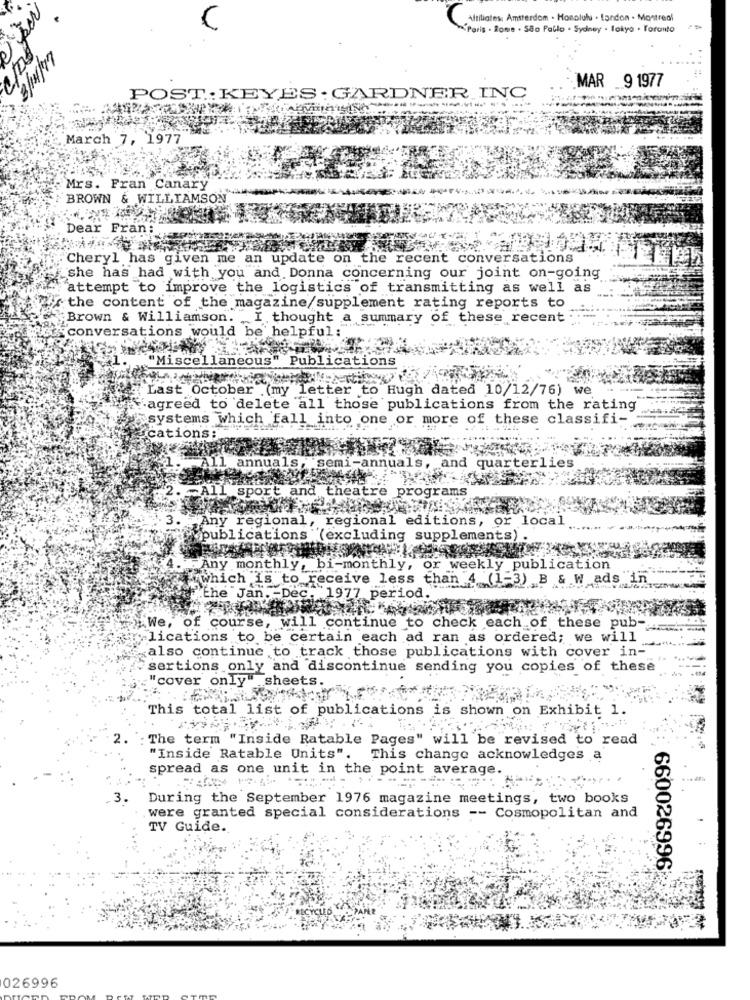
initiates: Amsterdam - Honolulu - London - Montreal
"Paris . Rome . São Paulo . Sydney . Tokyo . Toronto
MAR _9 1977
POST: KEYES. GARDNER INC
March 7, 1977
Mrs. Fran Canary
BROWN & WILLIAMSON
Dear Fran:
Cheryl has given me an update on the recent conversations
she has had with you and Donna concerning our joint on-going
"attempt to improve the logistics of transmitting as well as
the content of the magazine/supplement rating reports to
Brown & Williamson. I thought a summary of these recent
conversations would be helpful:
"Miscellaneous" Publications
Last October .(my letter to Hugh dated 10/12/76) we
agreed to delete all those publications from the rating
systems which fall into one or more of these classifi-
cations;
11 annuals, semi-annuals, and quar
grams
All sport and theatre pro
Any regional, regional editions, or local
publications (excluding supplements) .
"Any monthly, bi-monthly, or weekly publication
"which is to receive less than 4 (1-3) B & W ads
the Jan. Dec. 1977 period."
We, of course, will continue to check each of these pub-
per lications to be certain each ad ran as ordered; we will
also continue to track those publications with cover in-
sertions only and discontinue sending you copies of these
"cover only sheets.
This total list of publications is shown on Exhibit 1.
: The term "Inside Ratable Pages" will be revised to read
"Inside Ratable Units".
This change acknowledges a
spread as one unit in the point average.
.3.
During the September 1976 magazine meetings, two books
were granted special considerations -- Cosmopolitan and
TV Guide ..
660026996
026996